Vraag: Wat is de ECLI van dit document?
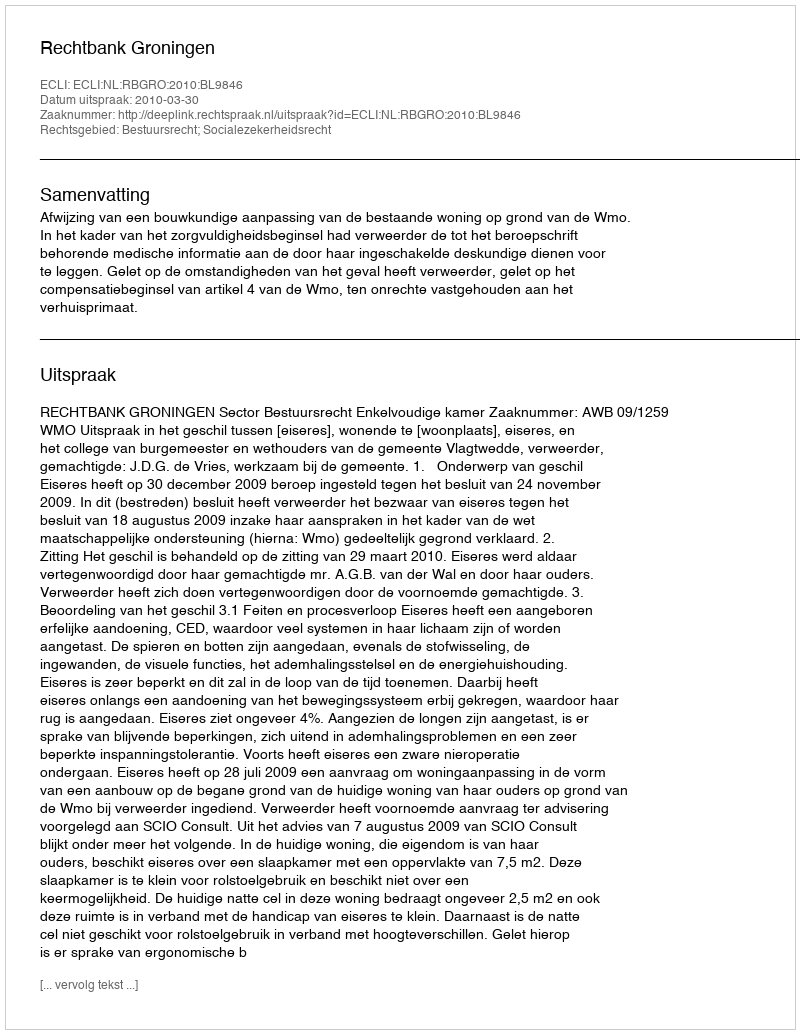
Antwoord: ECLI:NL:RBGRO:2010:BL9846